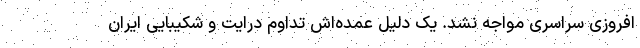
افروزی سراسری مواجه نشد. یک دلیل عمده‌اش تداوم درایت و شکیبایی ایران